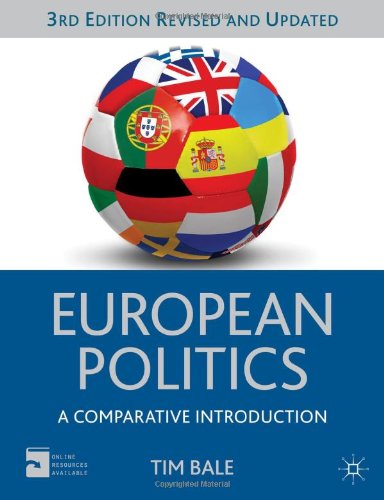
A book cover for European Politics: A Comparative Introduction (Comparative Government and Politics); Tim Bale; Law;